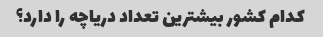
کدام کشور بیشترین تعداد دریاچه را دارد؟